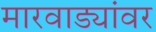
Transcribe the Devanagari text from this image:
मारवाड्यांवर